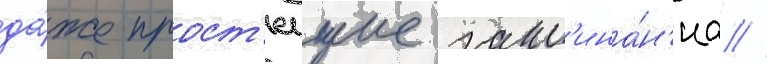
да́же прост'еишие закл'ина́н'иа //